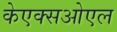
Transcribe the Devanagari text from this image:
केएक्सओएल